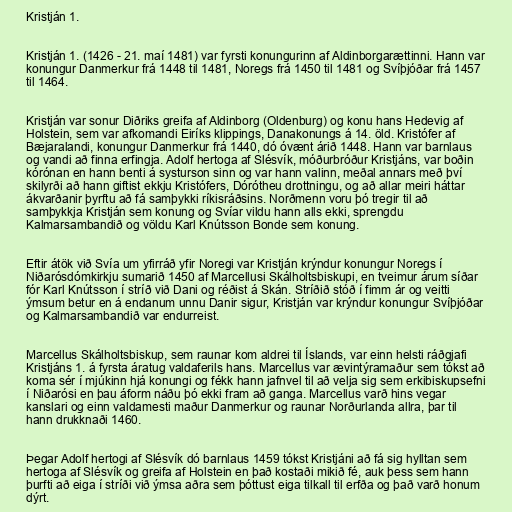
Kristján 1.

Kristján 1. (1426 - 21. maí 1481) var fyrsti konungurinn af Aldinborgarættinni. Hann var
konungur Danmerkur frá 1448 til 1481, Noregs frá 1450 til 1481 og Svíþjóðar frá 1457
til 1464.

Kristján var sonur Diðriks greifa af Aldinborg (Oldenburg) og konu hans Hedevig af
Holstein, sem var afkomandi Eiríks klippings, Danakonungs á 14. öld. Kristófer af
Bæjaralandi, konungur Danmerkur frá 1440, dó óvænt árið 1448. Hann var barnlaus
og vandi að finna erfingja. Adolf hertoga af Slésvík, móðurbróður Kristjáns, var boðin
kórónan en hann benti á systurson sinn og var hann valinn, meðal annars með því
skilyrði að hann giftist ekkju Kristófers, Dórótheu drottningu, og að allar meiri háttar
ákvarðanir þyrftu að fá samþykki ríkisráðsins. Norðmenn voru þó tregir til að
samþykkja Kristján sem konung og Svíar vildu hann alls ekki, sprengdu
Kalmarsambandið og völdu Karl Knútsson Bonde sem konung.

Eftir átök við Svía um yfirráð yfir Noregi var Kristján krýndur konungur Noregs í
Niðarósdómkirkju sumarið 1450 af Marcellusi Skálholtsbiskupi, en tveimur árum síðar
fór Karl Knútsson í stríð við Dani og réðist á Skán. Stríðið stóð í fimm ár og veitti
ýmsum betur en á endanum unnu Danir sigur, Kristján var krýndur konungur Svíþjóðar
og Kalmarsambandið var endurreist.

Marcellus Skálholtsbiskup, sem raunar kom aldrei til Íslands, var einn helsti ráðgjafi
Kristjáns 1. á fyrsta áratug valdaferils hans. Marcellus var ævintýramaður sem tókst að
koma sér í mjúkinn hjá konungi og fékk hann jafnvel til að velja sig sem erkibiskupsefni
í Niðarósi en þau áform náðu þó ekki fram að ganga. Marcellus varð hins vegar
kanslari og einn valdamesti maður Danmerkur og raunar Norðurlanda allra, þar til
hann drukknaði 1460.

Þegar Adolf hertogi af Slésvík dó barnlaus 1459 tókst Kristjáni að fá sig hylltan sem
hertoga af Slésvík og greifa af Holstein en það kostaði mikið fé, auk þess sem hann
þurfti að eiga í stríði við ýmsa aðra sem þóttust eiga tilkall til erfða og það varð honum
dýrt.